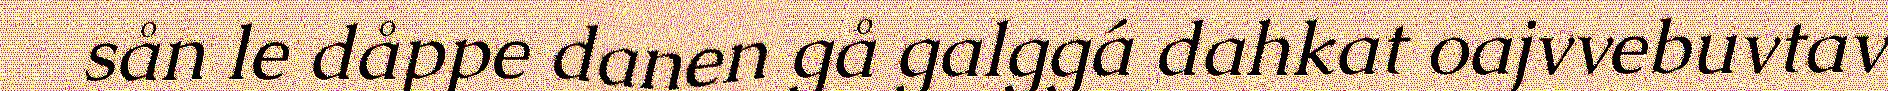
sån le dåppe danen gå galggá dahkat oajvvebuvtav